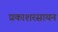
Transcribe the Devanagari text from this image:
प्रकाशरसायन